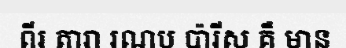
ពីរ តារា រណប ប៉ារីស គឺ មាន